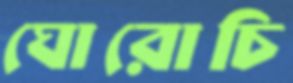
ঘোরোচি